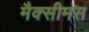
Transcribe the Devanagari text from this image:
मैक्सीमस